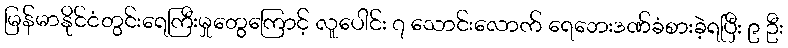
မြန်မာနိုင်ငံတွင်းရေကြီးမှုတွေကြောင့် လူပေါင်း ၇ သောင်းလောက် ရေဘေးဒဏ်ခံစားခဲ့ရပြီး ၉ ဦး